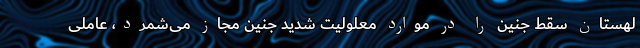
لهستان سقط جنین را در موارد معلولیت شدید جنین مجاز می‌شمرد، عاملی